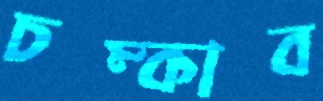
চম্‌কাব